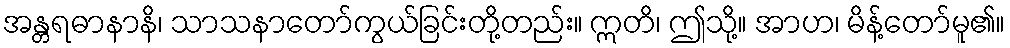
အန္တရဓာနာနိ၊ သာသနာတော်ကွယ်ခြင်းတို့တည်း။ ဣတိ၊ ဤသို့။ အာဟ၊ မိန့်တော်မူ၏။